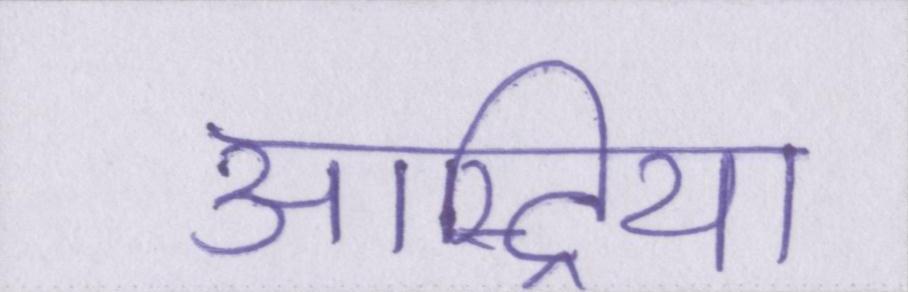
आस्ट्रिया